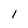
Character: 1